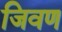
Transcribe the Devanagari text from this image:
जिवण